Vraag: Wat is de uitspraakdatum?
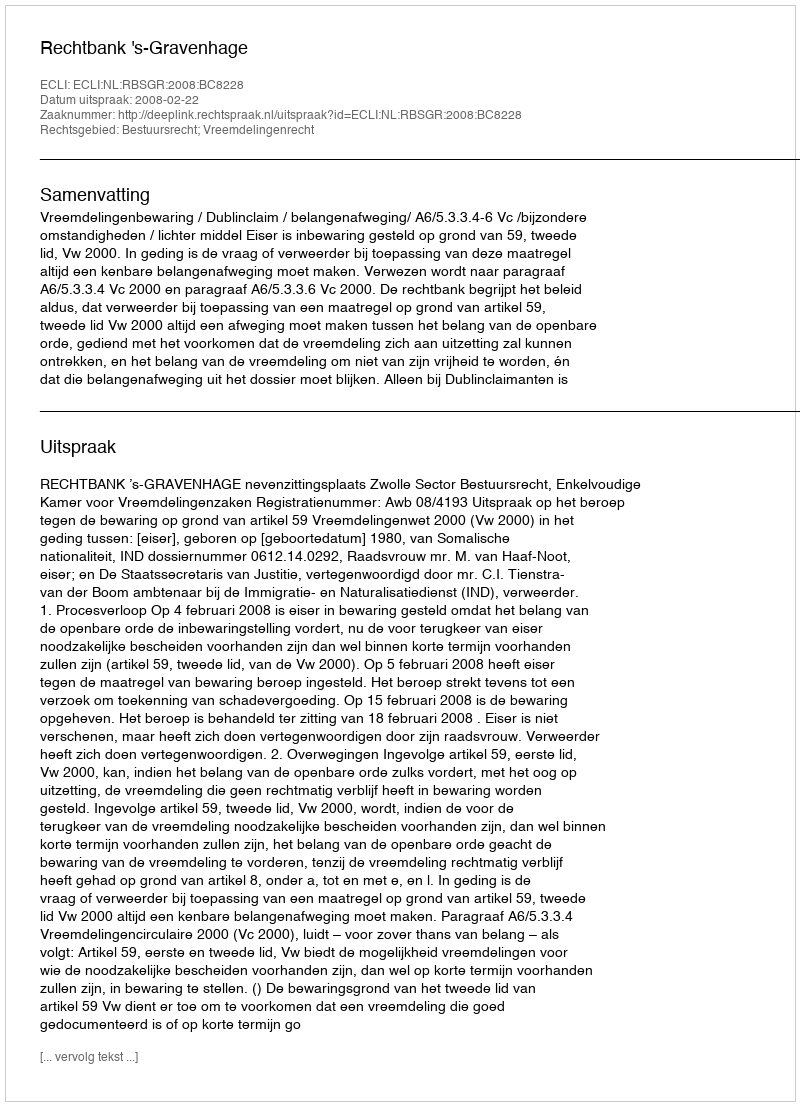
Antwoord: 2008-02-22